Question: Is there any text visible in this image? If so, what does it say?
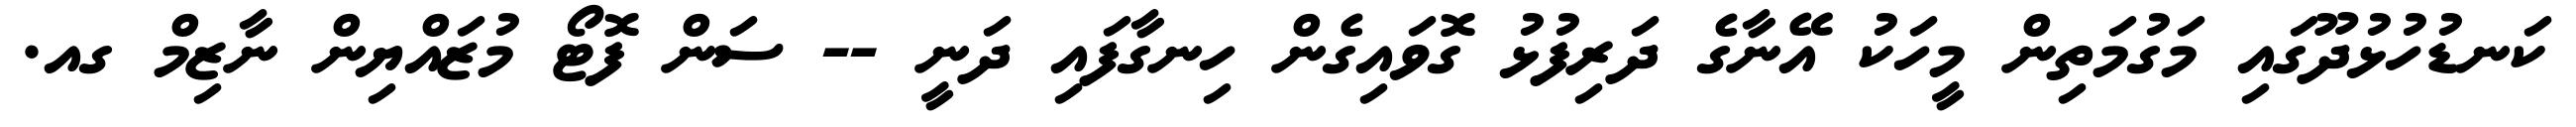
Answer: ކަނޑުހުޅުދޫގައި މަގުމަތިން މީހަކު އޭނާގެ ދަރިފުޅު ގޮވައިގެން ހިނގާފައި ދަނީ -- ސަން ފޮޓޯ މުޒައްޔިން ނާޒިމް ގއ.